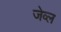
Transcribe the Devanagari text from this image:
जेव्ल